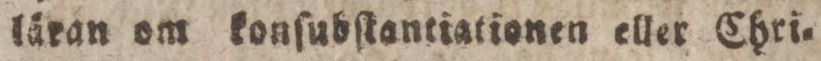
läran om konſubſtantiationen eller Chri=